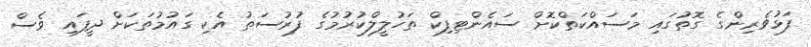
ފަޅުވެރިންގެ ގޮތުގައި މަސައްކަތްކޮށް ސައެންޓިފިކް ތަހުލީލްކުރުމުގެ ފުރުސަތު އެކި ގައުމުތަކަށް ދީފައި ވެސް